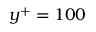
y ^ { + } = 1 0 0